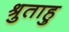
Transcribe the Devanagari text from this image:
श्रुताहु